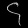
Digit: ၄